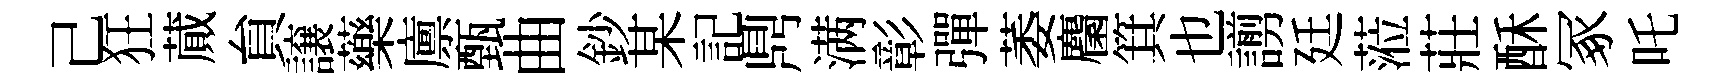
己狂蕆貟譲藥廪甄曲鈔某記𪔂满彰彈萎麕箕也謭廷蒞莊酥冢吒